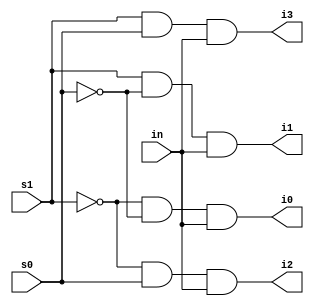
module dmux4_d (i0, i1, i2, i3, s0, s1, in);

	input in;
	output i0;
	output i1;
	output i2;
	output i3;
	input s0;
	input s1;

	assign i0 = ~s1 & ~s0 & in;
	assign i1 = s1 & ~s0 & in;
	assign i2 = ~s1 & s0 & in;
	assign i3 = s1 & s0 & in;

endmodule